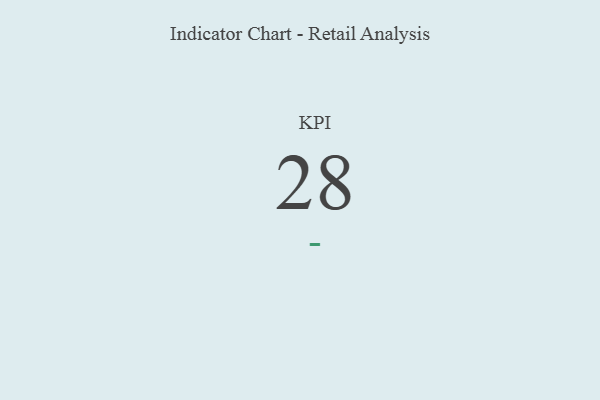
{"axis": {"x": "KPI", "y": "Value"}, "legend": [""], "data": [{"x": "KPI", "y": 28, "type": ""}]}